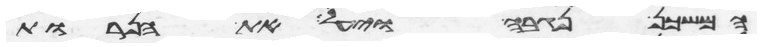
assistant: המשכן נגבה ויעל את הנרות